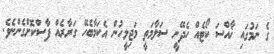
ގެ ނަމުގައި ޚާއްސަ ކޯޓެއް ހެދޭނީ ސަލާމަތީ މަޖިލީހުން އެކަމާބެހޭ ގަރާރެއް ފާސްކޮށްގެންނެވެ.